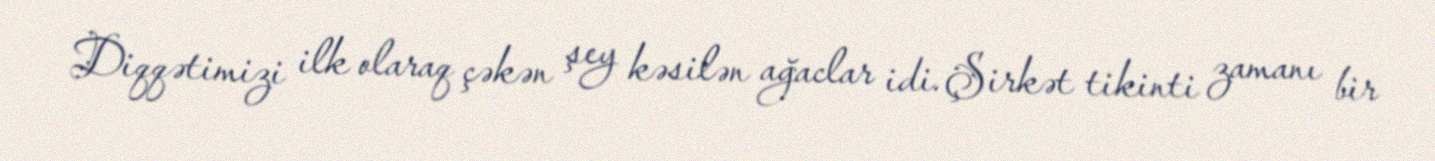
Diqqətimizi ilk olaraq çəkən şey kəsilən ağaclar idi. Şirkət tikinti zamanı bir